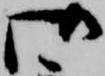
御